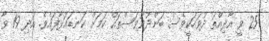
25 ވީ އާދިއްތަ ދުވަހަކީވެސް ބަންދުދުވަސްތައް ކަމަށް ކަނޑައަޅާފައެވެ. އަދި 19 ވާ